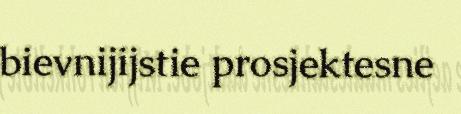
bievnijijstie prosjektesne